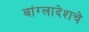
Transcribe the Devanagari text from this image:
बांग्लादेशचे